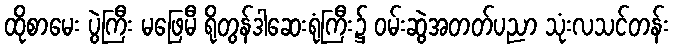
ထိုစာမေး ပွဲကြီး မဖြေမီ ရိုတွန်ဒါဆေးရုံကြီး၌ ဝမ်းဆွဲအတတ်ပညာ သုံးလသင်တန်း